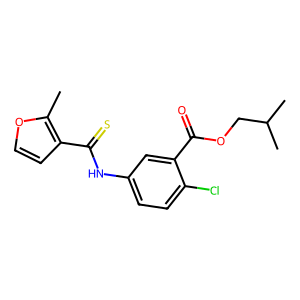
SMILES: Cc1occc1C(=S)Nc1ccc(Cl)c(C(=O)OCC(C)C)c1
Inhibits HIV replication: Yes